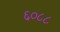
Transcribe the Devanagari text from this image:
६०८८